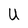
Character: U